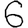
Digit: 6